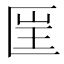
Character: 𠥆